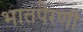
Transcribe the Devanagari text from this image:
भातपेरणी